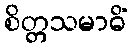
စိတ္တသမာဓိံ